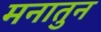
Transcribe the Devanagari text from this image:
मनातुन